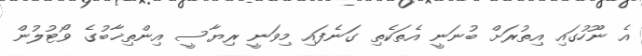
އެ ނޫހުގައި އިތުރަށް ބުނަނީ އެތަކެތި ގަނެފައި މިވަނީ ރިޔާސީ އިންތިޚާބުގެ ވޯޓުލުން